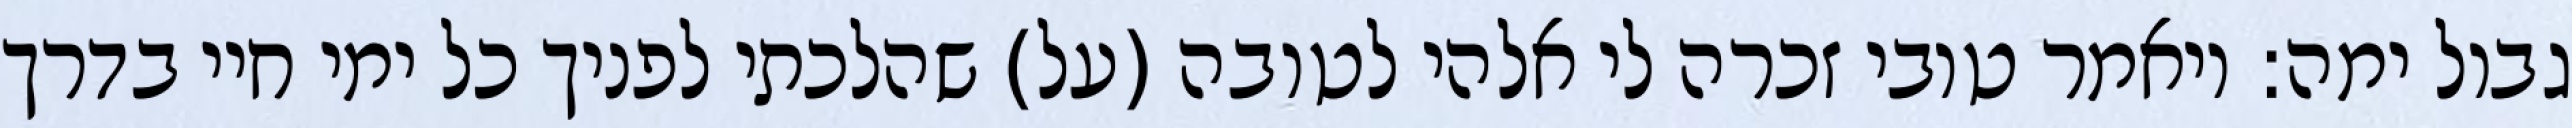
גבול ימה: ויאמר טובי זכרה לי אלהי לטובה (על) שהלכתי לפניך כל ימי חיי בדרך